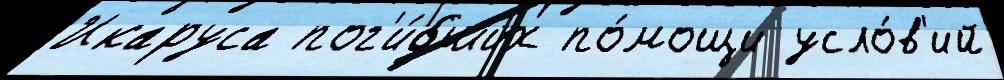
Икаруса пог'и́бших по́мощи усло́в'ий